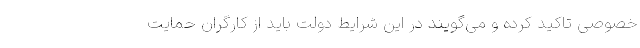
خصوصی تاکید کرده و می‌گویند در این شرایط دولت باید از کارگران حمایت